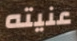
عنيته